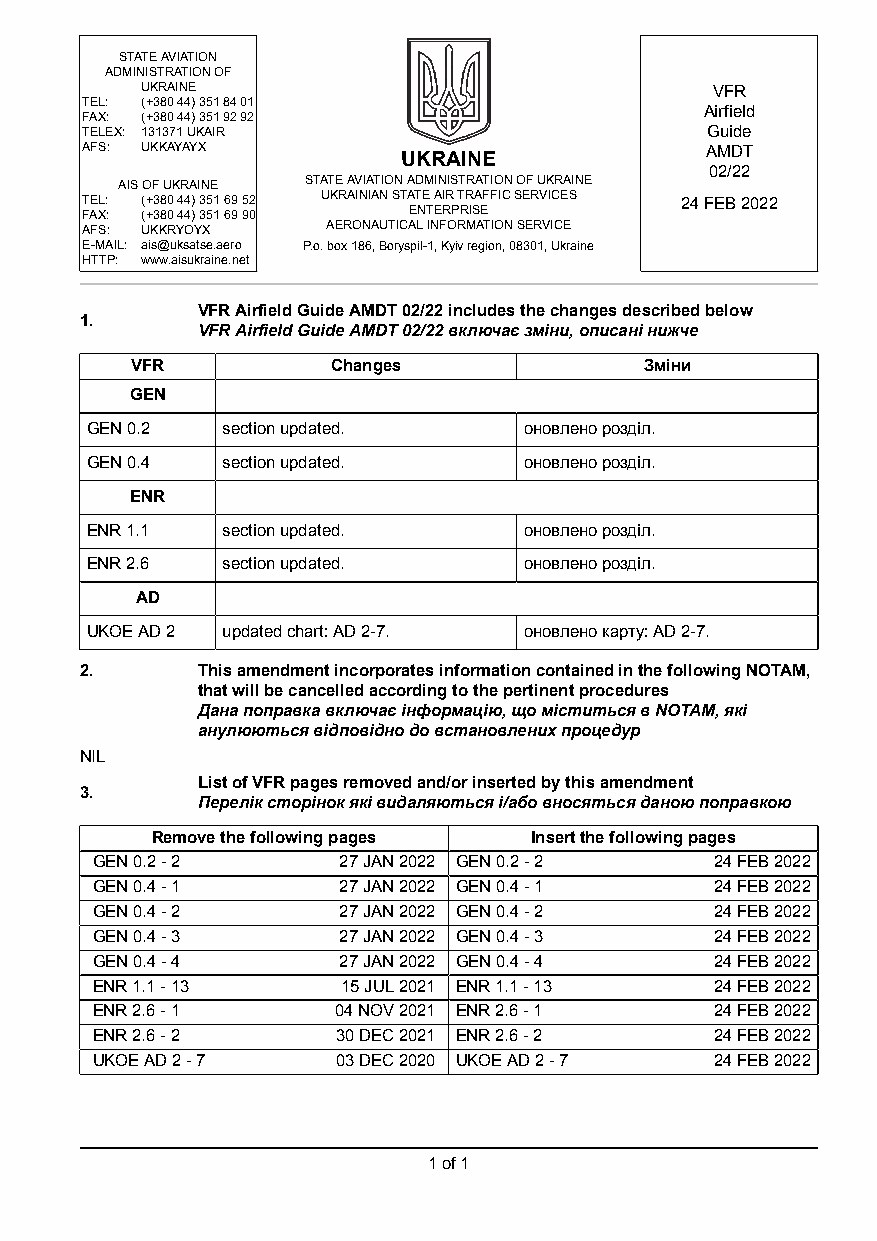
STATEAVIATION
 ADMINISTRATIONOF
 UKRAINE                               VFR
 TEL: (+38044)3518401
 Airfield
 FAX: (+38044)3519292
 TELEX: 131371UKAIR                        Guide
 AFS: UKKAYAYX         UKRAINE             AMDT
 02/22
 AISOFUKRAINE STATEAVIATIONADMINISTRATIONOFUKRAINE
 TEL: (+380 44) 351 69 52 UKRAINIANSTATEAIRTRAFFICSERVICES 24FEB2022
 FAX: (+380 44) 351 69 90 ENTERPRISE
 AFS: UKKRYOYX    AERONAUTICALINFORMATIONSERVICE
 E-MAIL: ais@uksatse.aero P.o.box186,Boryspil-1,Kyivregion,08301,Ukraine
 HTTP: www.aisukraine.net
 VFRAirfieldGuideAMDT02/22includesthechangesdescribedbelow
 1.
 VFRAirfieldGuideAMDT02/22включаєзміни,описанінижче
 VFR          Changes              Зміни
 GEN
 GEN0.2   sectionupdated.     оновленорозділ.
 GEN0.4   sectionupdated.     оновленорозділ.
 ENR
 ENR1.1   sectionupdated.     оновленорозділ.
 ENR2.6   sectionupdated.     оновленорозділ.
 AD
 UKOEAD2  updatedchart:AD2-7. оновленокарту:AD2-7.
 2.      ThisamendmentincorporatesinformationcontainedinthefollowingNOTAM,
 thatwillbecancelledaccordingtothepertinentprocedures
 Данапоправкавключаєінформацію,щоміститьсявNOTAM,які
 анулюютьсявідповіднодовстановленихпроцедур
 NIL
 ListofVFRpagesremovedand/orinsertedbythisamendment
 3.
 Переліксторінокяківидаляютьсяі/абовносятьсяданоюпоправкою
 Removethefollowingpages  Insertthefollowingpages
 GEN0.2-2        27JAN2022 GEN0.2-2       24FEB2022
 GEN0.4-1        27JAN2022 GEN0.4-1       24FEB2022
 GEN0.4-2        27JAN2022 GEN0.4-2       24FEB2022
 GEN0.4-3        27JAN2022 GEN0.4-3       24FEB2022
 GEN0.4-4        27JAN2022 GEN0.4-4       24FEB2022
 ENR1.1-13        15JUL2021 ENR1.1-13     24FEB2022
 ENR2.6-1        04NOV2021 ENR2.6-1       24FEB2022
 ENR2.6-2        30DEC2021 ENR2.6-2       24FEB2022
 UKOEAD2-7       03DEC2020 UKOEAD2-7      24FEB2022
 1of1